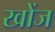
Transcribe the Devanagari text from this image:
खोंज